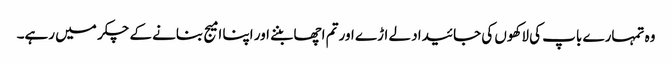
وہ تمہارے باپ کی لاکھوں کی جائیداد لے اڑے اور تم اچھا بننے اور اپنا امیج بنانے کے چکر میں رہے۔